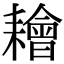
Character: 𦔦